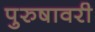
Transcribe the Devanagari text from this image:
पुरुषावरी